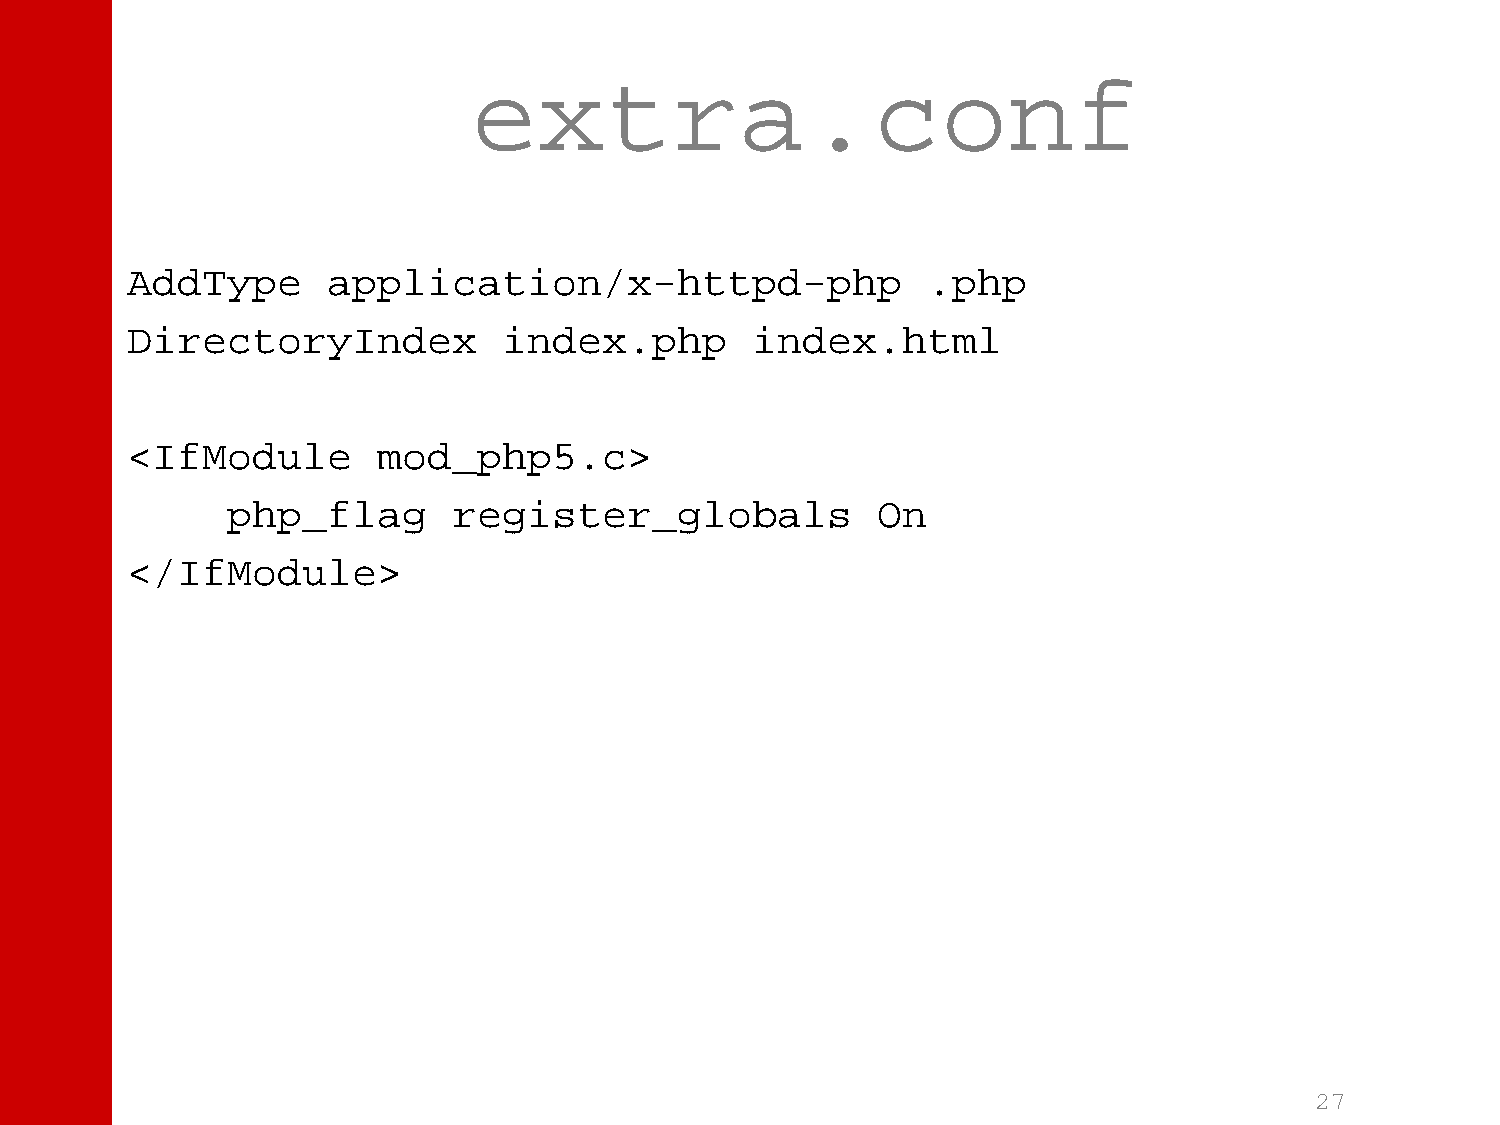
extra.conf
 AddType       application/x-httpd-php                .php
 DirectoryIndex           index.php        index.html
 <IfModule        mod_php5.c>
 php_flag       register_globals            On
 </IfModule>
 27